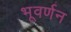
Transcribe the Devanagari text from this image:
भूवर्णन